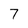
Character: 7